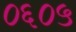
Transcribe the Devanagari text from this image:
०६०५